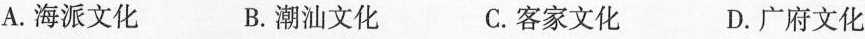
A.海派文化 B.潮汕文化 C.客家文化 D.广府文化